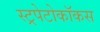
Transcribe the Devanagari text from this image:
स्ट्रपेटोकॉकस